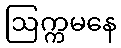
ဩက္ကမနေ